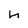
Character: h